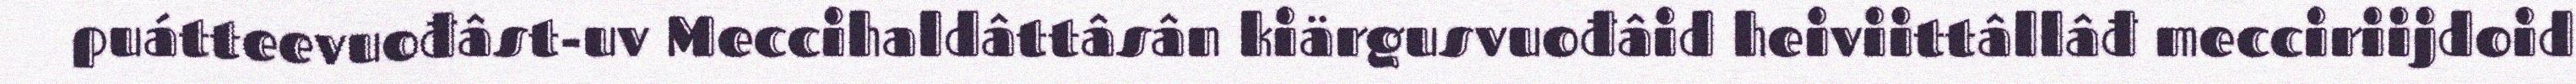
puátteevuođâst-uv Meccihaldâttâsân kiärgusvuođâid heiviittâllâđ mecciriijdoid